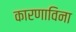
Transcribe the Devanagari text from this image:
कारणाविना